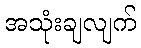
အသုံးချလျက်